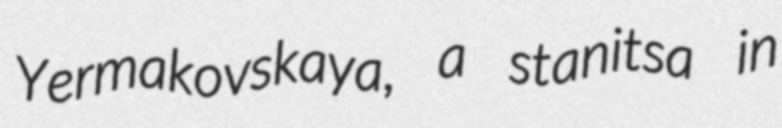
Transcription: Yermakovskaya, a stanitsa in